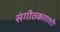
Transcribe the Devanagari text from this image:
संगीतकाराशी